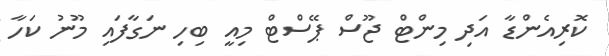
ކޮރިއެންޑާ އަދި މިންޓް ޖޫސް ޕޭސްޓް މިއީ ބިހި ނަގާފައި މޫނު ކަހާ